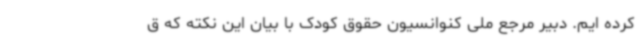
کرده ایم. دبیر مرجع ملی کنوانسیون حقوق کودک با بیان این نکته که ق